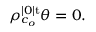
\rho _ { c _ { o } } ^ { | 0 | \mathrm { t } } \theta = 0 .